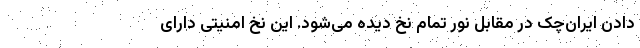
دادن ایران‌چک در مقابل نور تمام نخ دیده می‌شود. این نخ امنیتی دارای